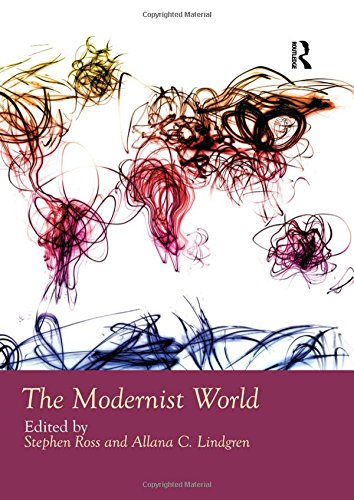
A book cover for The Modernist World (Routledge Worlds); Reference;